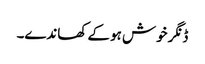
ڈنگر خوش ہو کے کھاندے۔